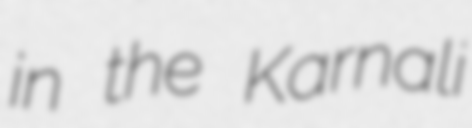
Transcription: in the Karnali